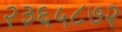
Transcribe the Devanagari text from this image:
२३६५८७२